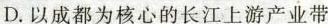
D.以成都为核心的长江上游产业带